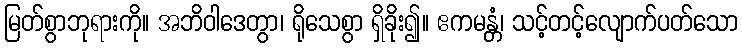
မြတ်စွာဘုရားကို။ အဘိဝါဒေတွာ၊ ရိုသေစွာ ရှိခိုး၍။ ဧကမန္တံ၊ သင့်တင့်လျောက်ပတ်သော